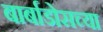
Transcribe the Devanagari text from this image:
बार्बाडोसच्या